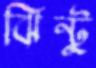
ঝিন্টু